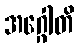
အဂ္ဂေါတိ